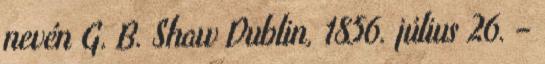
nevén G. B. Shaw Dublin, 1856. július 26. –